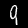
Label: 9